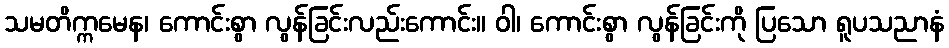
သမတိက္ကမေန၊ ကောင်းစွာ လွန်ခြင်းလည်းကောင်း။ ဝါ၊ ကောင်းစွာ လွန်ခြင်းကို ပြသော ရူပသညာနံ